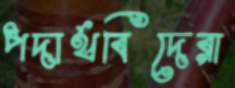
পদার্থবিদেরা